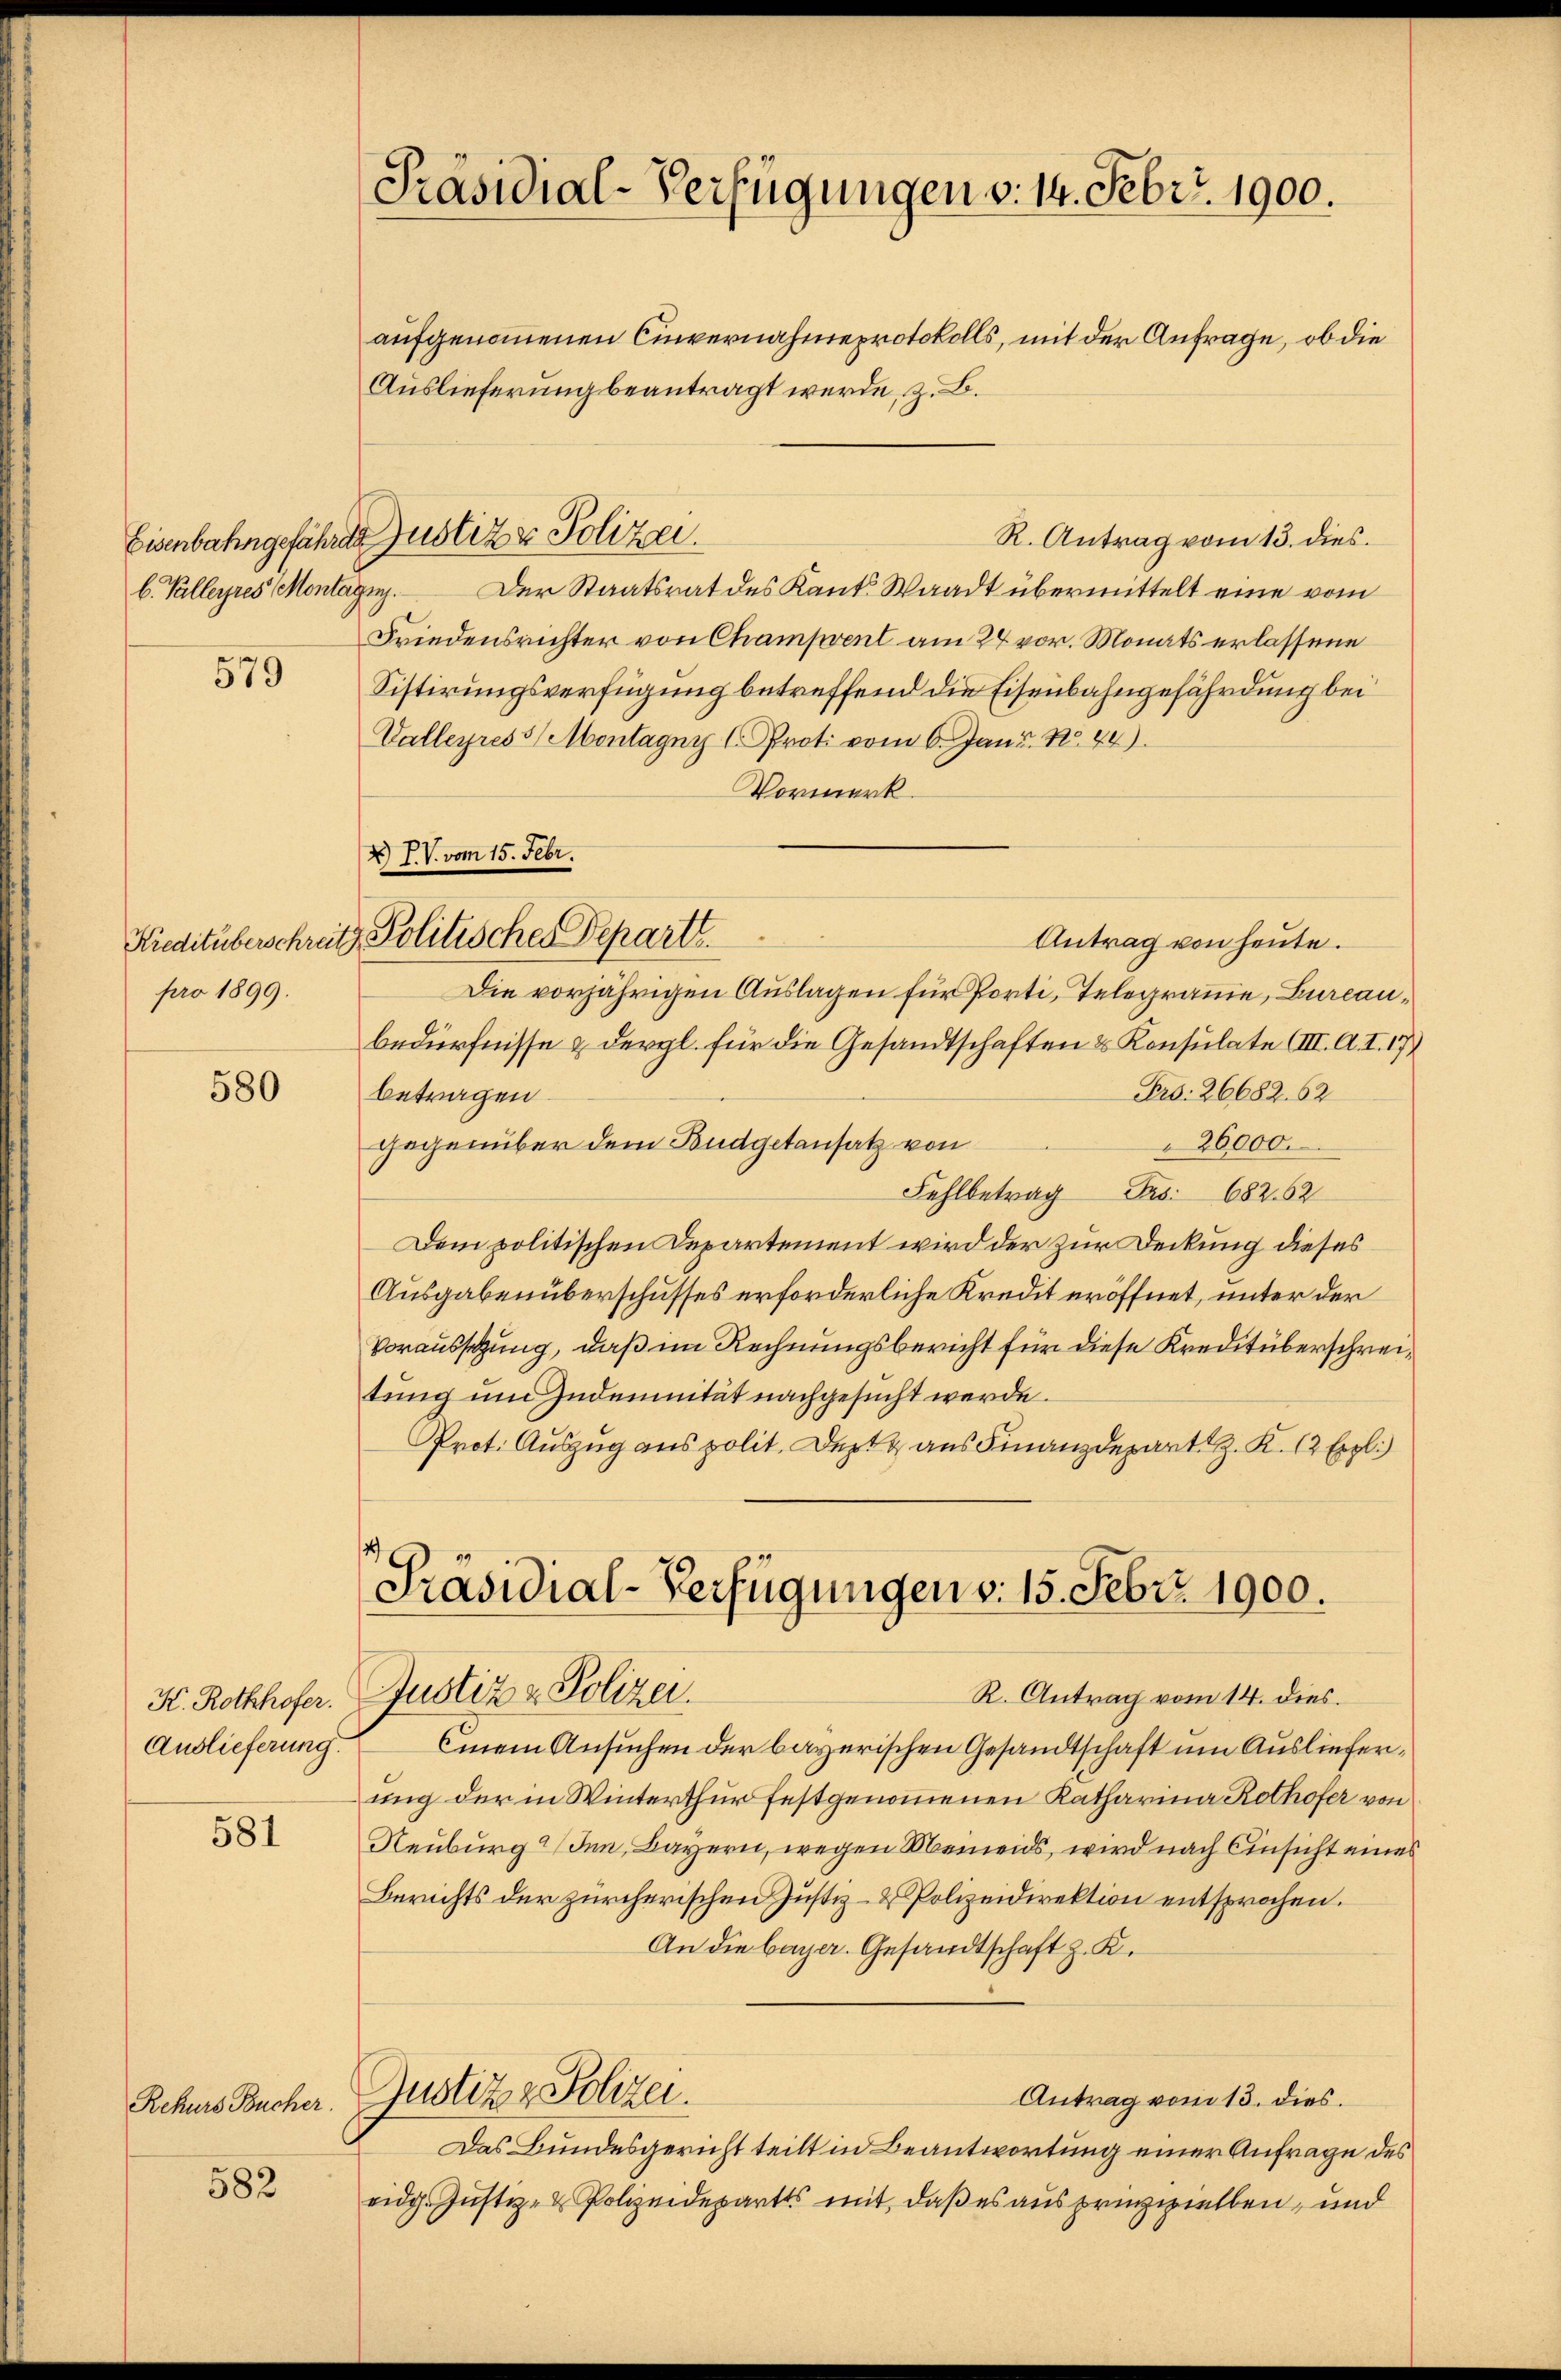
Eisenbahngeführet
b. Talleyres Monta

579

pro 1899.

580

K. Rothhofer.
Auslieferung.

581

Rekurs Bucher.

582

Präsidial-Verfügungen v. 14. Febr. 1900.
aufgenommenen Cinvernahme protokolls, mit der Anfrage, ob die
Auslieferung beantragt werde, z. B.

R. Antrag vom 13. dies
Der Staatsrat des Kant. Waadt übermittelt eine vom
pag.
Friedensrichter von Champrent am 24 vor. Monats erlassene
Sistirungsverfügung betreffend die Eisenbahngefährdung bei
Valleyres 3 Montagny v. Prot vom 6. Janr. No. 44).
Vormerk
Antrag von heute.
Die vorjährigen Auslagen für Porti, Telegramme, Bureaubedürfnisse & dergl. für die Gesandtschaften & Konsulate (III. A. I. 17,
Fro. 26682. 62.
betragen.
gegenüber dem Budgetansatz von
26000.
Fehlbetrag Frs. 682. 62
Dem politischen Departement wird der zur Deckung dieses
Ausgabenüberschusses erforderliche Kredit eröffnet, unter der
Voraussetzung, daß im Rechnungsbericht für diese Kreditüberschreitung um Indemnität nachgesucht werde.
Prot. Auszug aus polit. Der aus Finanzdepart z. K. 12 Ergl.)

X IV. vom 15. Febr.
Kreditüberschreiz, Politischer Departt.

Justiz & Polizei.

[Präsidial-Verfügungen v. 15. Febr. 1900.
Justiz & Polizei.
R. Antrag vom 14. dies

Einem Ansuchen der bayerischen Gesandtschaft um Auslieferung der in Winterthur festgenommenen Katharina Rothofer von
Neuburg (den Bayern, wegen Meieids, wird nach Einsicht eines
Berichts der zürcherischen Justiz- & Polizeidirektion entsprochen.
An die bayer. Gesandtschaft z. K.
Justiz & Polizei.
Antrag vom 13. dies.
Das Bundesgericht teilt in Beantwortung einer Anfrage des
eidg. Justiz- & Polizeidepartes mit, daß es aus prinziellen, und